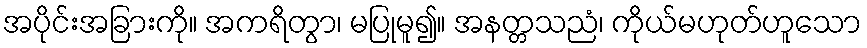
အပိုင်းအခြားကို။ အကရိတွာ၊ မပြုမူ၍။ အနတ္တသညံ၊ ကိုယ်မဟုတ်ဟူသော